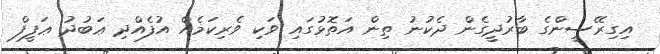
އިގިރޭސީންގެ ބާރުދީގެން ދެކުނު ތިން އަތޮޅުގައި ވަކި ވެރިކަމެއް އުފެއްދި ޢަބުދު ޢަފީފް